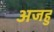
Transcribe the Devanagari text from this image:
अजहु